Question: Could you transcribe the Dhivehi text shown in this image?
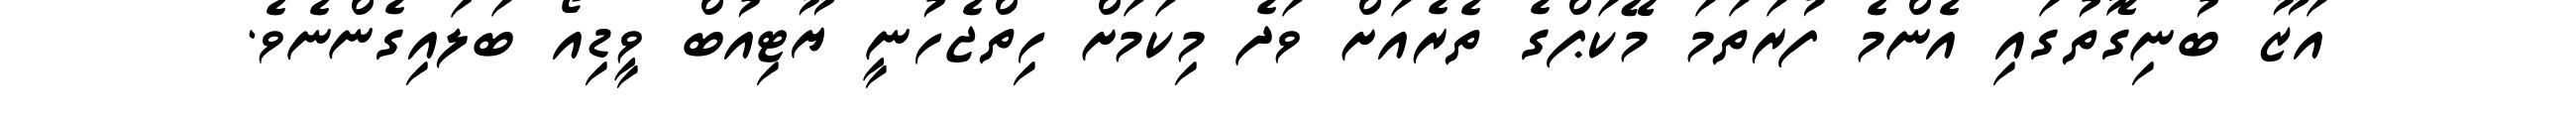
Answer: އަޒޫ ބުނިގޮތުގައި އެންމެ ފުރަތަމަ މޭކަޕްގެ ތެރެއަށް ވަދެ މިކަމަށް ހިތްޖެހުނީ ޔޫޓިއުބް ވީޑިއޯ ބަލައިގެންނެވެ.